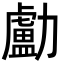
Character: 㔧